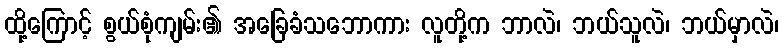
ထို့ကြောင့် စွယ်စုံကျမ်း၏ အခြေခံသဘောကား လူတို့က ဘာလဲ၊ ဘယ်သူလဲ၊ ဘယ်မှာလဲ၊